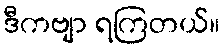
ဒီကဗျာ ရကြတယ်။